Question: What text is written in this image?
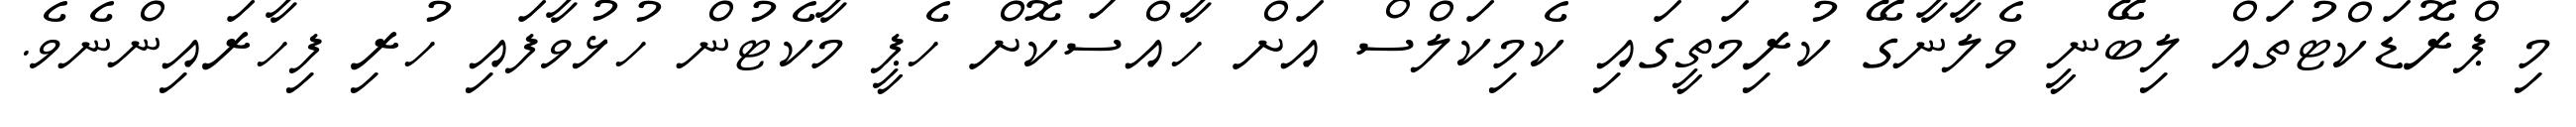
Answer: މި ޕްރޮޑަކްޓުތައް ލިބޭނީ ވެލާނާގޭ ކުރިމަތީގައި ކެމިކަލްސް އަށް ހާއްސަކޮށް ހެޕީ މާކެޓުން ހުޅުވާފައި ހުރި ފިހާރައިންނެވެ.